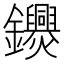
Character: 𨰨